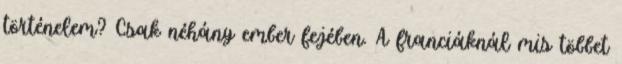
történelem? Csak néhány ember fejében. A franciáknál mis többet